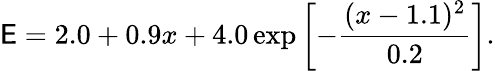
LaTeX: \mathsf{E}=2.0+0.9x+4.0\exp\left[-\frac{{(x-1.1)^{2}}}{{0.2}}\right].